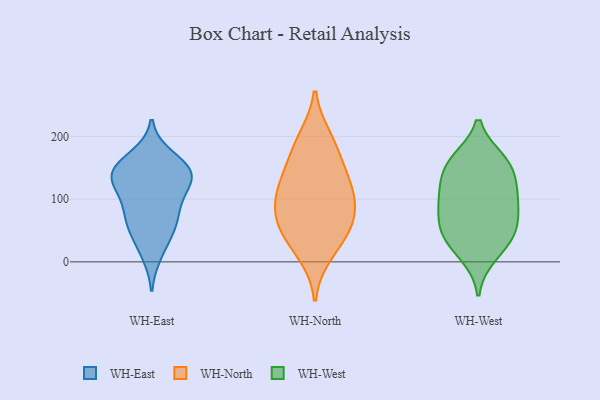
{"axis": {"x": "Customer Acquisition Cost (USD)", "y": "Value"}, "legend": ["WH-East", "WH-North", "WH-West"], "data": [{"x": "", "y": 145, "type": "WH-East"}, {"x": "", "y": 109, "type": "WH-East"}, {"x": "", "y": 145, "type": "WH-East"}, {"x": "", "y": 13, "type": "WH-East"}, {"x": "", "y": 66, "type": "WH-East"}, {"x": "", "y": 148, "type": "WH-East"}, {"x": "", "y": 70, "type": "WH-East"}, {"x": "", "y": 39, "type": "WH-East"}, {"x": "", "y": 136, "type": "WH-East"}, {"x": "", "y": 65, "type": "WH-East"}, {"x": "", "y": 143, "type": "WH-East"}, {"x": "", "y": 101, "type": "WH-East"}, {"x": "", "y": 129, "type": "WH-East"}, {"x": "", "y": 167, "type": "WH-East"}, {"x": "", "y": 117, "type": "WH-North"}, {"x": "", "y": 123, "type": "WH-North"}, {"x": "", "y": 196, "type": "WH-North"}, {"x": "", "y": 82, "type": "WH-North"}, {"x": "", "y": 182, "type": "WH-North"}, {"x": "", "y": 51, "type": "WH-North"}, {"x": "", "y": 68, "type": "WH-North"}, {"x": "", "y": 14, "type": "WH-North"}, {"x": "", "y": 100, "type": "WH-North"}, {"x": "", "y": 147, "type": "WH-North"}, {"x": "", "y": 45, "type": "WH-North"}, {"x": "", "y": 84, "type": "WH-West"}, {"x": "", "y": 33, "type": "WH-West"}, {"x": "", "y": 155, "type": "WH-West"}, {"x": "", "y": 161, "type": "WH-West"}, {"x": "", "y": 57, "type": "WH-West"}, {"x": "", "y": 160, "type": "WH-West"}, {"x": "", "y": 11, "type": "WH-West"}, {"x": "", "y": 54, "type": "WH-West"}, {"x": "", "y": 113, "type": "WH-West"}, {"x": "", "y": 42, "type": "WH-West"}, {"x": "", "y": 137, "type": "WH-West"}, {"x": "", "y": 97, "type": "WH-West"}, {"x": "", "y": 102, "type": "WH-West"}]}